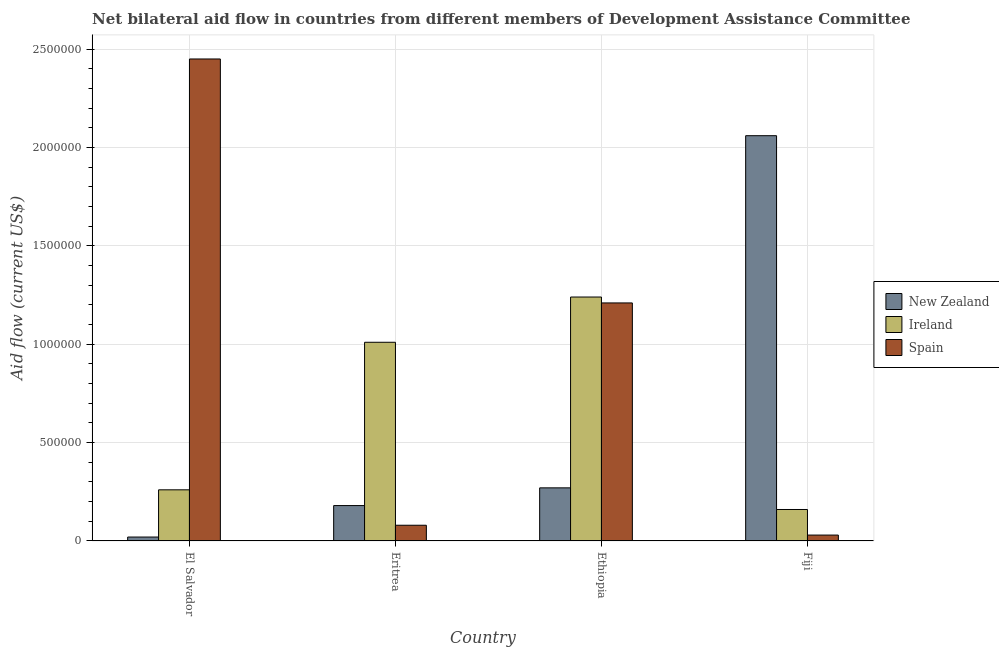
| Country | New Zealand | Ireland | Spain |
 | --- | --- | --- | --- |
 | El Salvador | 2e+04 | 2.6e+05 | 2.45e+06 |
 | Eritrea | 1.8e+05 | 1.01e+06 | 8e+04 |
 | Ethiopia | 2.7e+05 | 1.24e+06 | 1.21e+06 |
 | Fiji | 2.06e+06 | 1.6e+05 | 3e+04 |